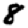
Digit: 8